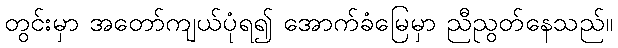
တွင်းမှာ အတော်ကျယ်ပုံရ၍ အောက်ခံမြေမှာ ညီညွတ်နေသည်။